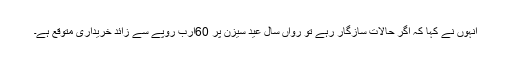
انہوں نے کہا کہ اگر حالات سازگار رہے تو رواں سال عید سیزن پر 60ارب روپے سے زائد خریداری متوقع ہے۔